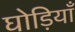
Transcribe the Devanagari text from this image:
घोड़ियाँ